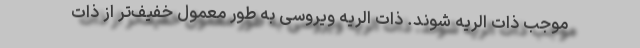
موجب ذات الریه شوند. ذات الریه ویروسی به طور معمول خفیف‌تر از ذات